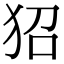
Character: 㹦